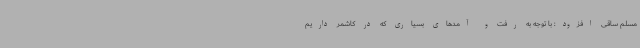
مسلم ساقی افزود: با توجه به رفت‌ و آمدهای بسیاری که در کاشمر داریم